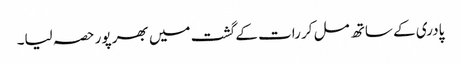
پادری کے ساتھ مل کر رات کے گشت میں بھر پور حصہ لیا۔